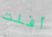
أفلت